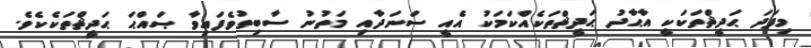
މިފަދަ ޙަދީޘްތަކަކީ އާޙާދު ޙަދީޘްތަކެއްކަމަކު އެއީ ސަނަދާއި މަތުނު ސާބިތުވެފައިވާ ޞައްޙަ ޙަދީޘްތަކެކެވެ.